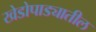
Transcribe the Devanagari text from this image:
खेडोपाड्यातील